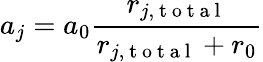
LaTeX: a_{j}=a_{0}\frac{r_{j,\mathrm{~t~o~t~a~l~}}}{r_{j,\mathrm{~t~o~t~a~l~}}+r_{0}}